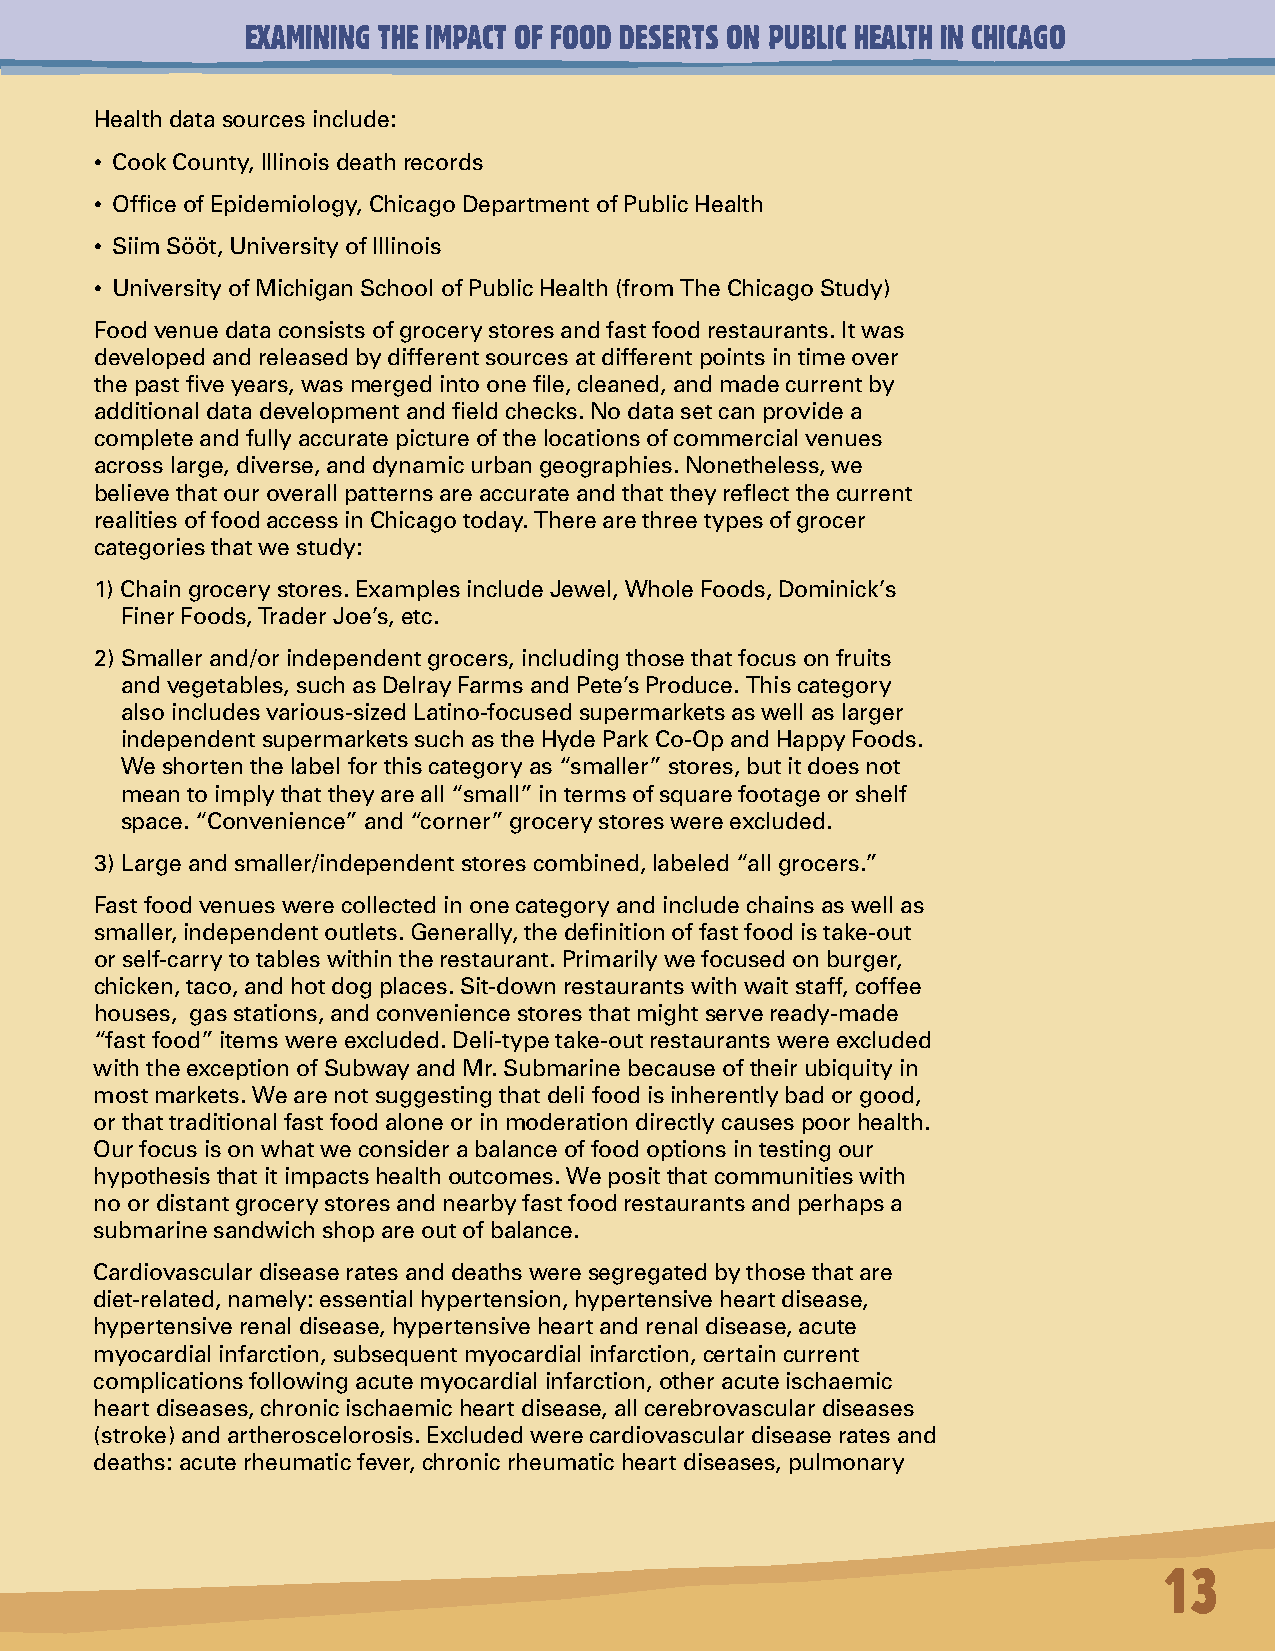
EXAMINING THE IMPACT OF FOOD DESERTS ON PUBLIC HEALTH IN CHICAGO
 Health data sources include:
 • Cook County, Illinois death records
 • Office of Epidemiology, Chicago Department of Public Health
 • Siim Sööt, University of Illinois
 • University of Michigan School of Public Health (from The Chicago Study)
 Food venue data consists of grocery stores and fast food restaurants. It was
 developed and released by different sources at different points in time over
 the past five years, was merged into one file, cleaned, and made current by
 additional data development and field checks. No data set can provide a
 complete and fully accurate picture of the locations of commercial venues
 across large, diverse, and dynamic urban geographies. Nonetheless, we
 believe that our overall patterns are accurate and that they reflect the current
 realities of food access in Chicago today. There are three types of grocer
 categories that we study:
 1) Chain grocery stores. Examples include Jewel, Whole Foods, Dominick’s
 Finer Foods, Trader Joe’s, etc.
 2) Smaller and/or independent grocers, including those that focus on fruits
 and vegetables, such as Delray Farms and Pete’s Produce. This category
 also includes various-sized Latino-focused supermarkets as well as larger
 independent supermarkets such as the Hyde Park Co-Op and Happy Foods.
 We shorten the label for this category as “smaller” stores, but it does not
 mean to imply that they are all “small” in terms of square footage or shelf
 space. “Convenience” and “corner” grocery stores were excluded.
 3) Large and smaller/independent stores combined, labeled “all grocers.”
 Fast food venues were collected in one category and include chains as well as
 smaller, independent outlets. Generally, the definition of fast food is take-out
 or self-carry to tables within the restaurant. Primarily we focused on burger,
 chicken, taco, and hot dog places. Sit-down restaurants with wait staff, coffee
 houses, gas stations, and convenience stores that might serve ready-made
 “fast food” items were excluded. Deli-type take-out restaurants were excluded
 with the exception of Subway and Mr. Submarine because of their ubiquity in
 most markets. We are not suggesting that deli food is inherently bad or good,
 or that traditional fast food alone or in moderation directly causes poor health.
 Our focus is on what we consider a balance of food options in testing our
 hypothesis that it impacts health outcomes. We posit that communities with
 no or distant grocery stores and nearby fast food restaurants and perhaps a
 submarine sandwich shop are out of balance.
 Cardiovascular disease rates and deaths were segregated by those that are
 diet-related, namely: essential hypertension, hypertensive heart disease,
 hypertensive renal disease, hypertensive heart and renal disease, acute
 myocardial infarction, subsequent myocardial infarction, certain current
 complications following acute myocardial infarction, other acute ischaemic
 heart diseases, chronic ischaemic heart disease, all cerebrovascular diseases
 (stroke) and artheroscelorosis. Excluded were cardiovascular disease rates and
 deaths: acute rheumatic fever, chronic rheumatic heart diseases, pulmonary
 13